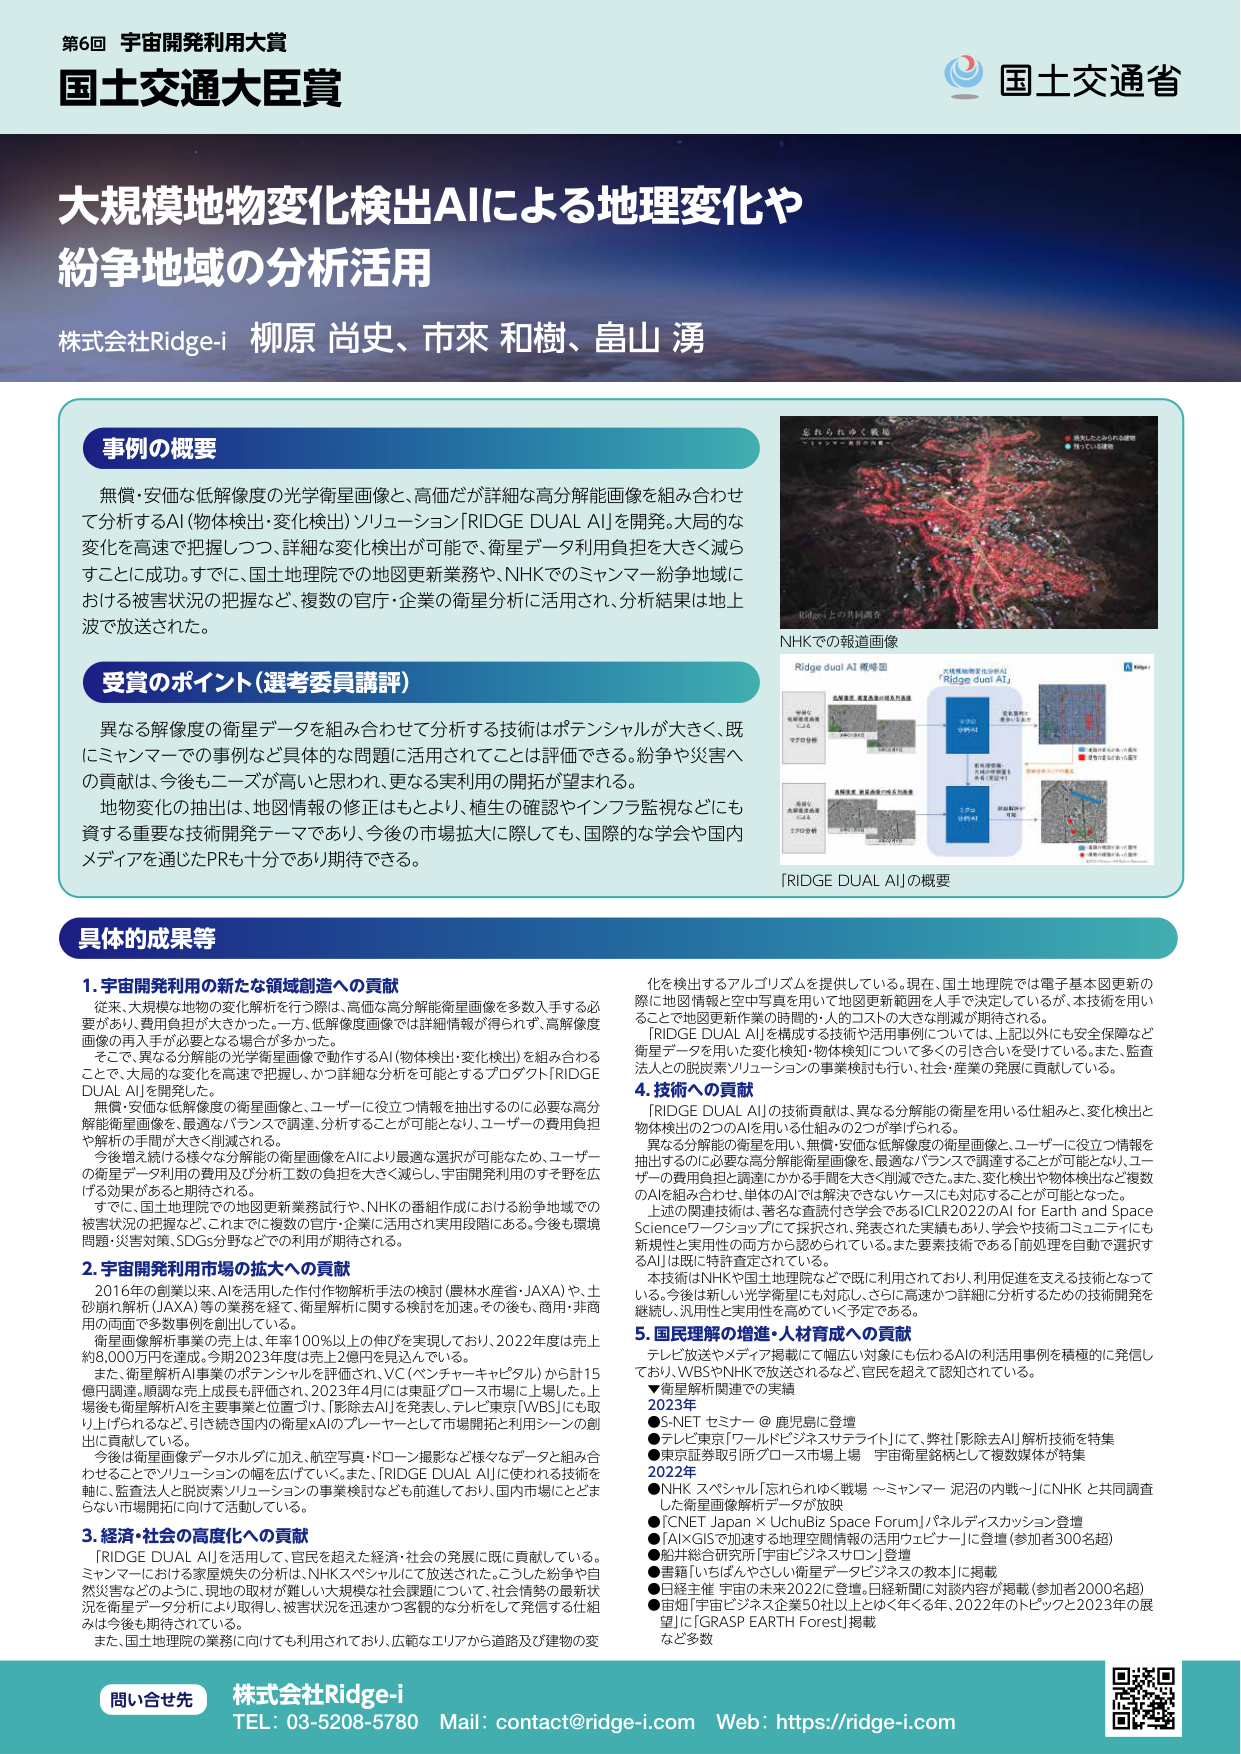
第6回 宇宙開発利用大賞
国土交通大臣賞

大規模地物変化検出AIによる地理変化や
紛争地域の分析活用

株式会社Ridge-i 柳原 尚史、市來 和樹、畠山 潟

事例の概要
無償・安価な低解像度の光学衛星画像と、高価だが詳細な高分解能画像を組み合わせて分析するAI「物体検出・変化検出」ソリューション「RIDGE DUAL AI」を開発。大局的な変化を高速で把握しつつ、詳細な変化検出が可能で、衛星データ利用負担を大きく減らすことに成功。すでに、国土地理院での地図更新業務や、NHKでのミャンマー紛争地域における被害状況の把握など、複数の官庁・企業の衛星分析に活用され、分析結果は地上波で放送された。

受賞のポイント（選考委員講評）
異なる解像度の衛星データを組み合わせて分析する技術はポテンシャルが大きく、既にミャンマーでの事例など具体的な問題に活用されてことは評価できる。紛争や災害への貢献は、今後もニーズが高いと思われ、更なる実利用の開拓が望まれる。
地物変化の抽出は、地図情報の修正はもとより、植生の確認やインフラ監視などにも資する重要な技術開発テーマであり、今後の市場拡大に際しても、国際的な学会や国内メディアを通じたPRも十分であり期待できる。

NHKでの報道画像
Ridge dual AI 概略図
「RIDGE DUAL AI」の概要

具体的成果等

1. 宇宙開発利用の新たな領域創造への貢献
従来、大規模な地物の変化解析を行う際は、高価な高分解能衛星画像を多数入手する必要があり、費用負担が大きかった。一方、低解像度画像では詳細情報が得られず、高解像度画像の再入手が必要となる場合が多かった。
そこで、異なる分解能の光学衛星画像で動作するAI（物体検出・変化検出）を組み合わせることで、大局的な変化を高速で把握し、かつ詳細な分析も可能とするプロダクト「RIDGE DUAL AI」を開発した。
無償・安価な低解像度の衛星画像と、ユーザーに役立つ情報を抽出するのに必要な高分解能衛星画像を、最適なバランスで調達・分析することが可能となり、ユーザーの費用負担や解析の手間が大きく削減される。
今後増え続ける様々な分解能の衛星画像をAIにより最適な選択が可能なか、ユーザーの衛星データ利用の費用及び分析工数の負担を大きく減らし、宇宙開発利用のすそ野を広げる効果があると期待される。
すでに、国土地理院での地図更新業務試行や、NHKの番組作成における紛争地域での被害状況の把握など、これまでに複数の官庁・企業に活用され実用段階にある。今後も環境問題・災害対策、SDGs分野などでの利用が期待される。

2. 宇宙開発利用市場の拡大への貢献
2016年の創業以来、AIを活用した作付作物解析手法の検討（農林水産省・JAXA）や、土砂崩れ解析（JAXA）等の業務を経て、衛星解析に関する検討を加速。その後も、商用・非商用の両面で多数事例を創出している。
衛星画像解析事業の売上は、年率100%以上の伸びを実現しており、2022年度は売上約8,000万円を達成。今期2023年度は売上2億円を見込んでいる。
また、衛星解析AI事業のポテンシャルを評価され、VC（ベンチャーキャピタル）から15億円調達。順調な売上成長も評価され、2023年4月には東証グロース市場に上場した。上場後も衛星解析AIを主要事業と位置づけ、「影除去AI」を発表し、テレビ東京［WBS］にも取り上げられるなど、引き続き国内の衛星xAIのプレーヤーとして市場開拓と利用シーンの創出に貢献している。
今後は衛星画像データホルダに加え、航空写真・ドローン撮影など様々なデータと組み合わせることでソリューションの幅を広げていく。また、「RIDGE DUAL AI」に使われる技術を軸に、監査法人と脱炭素ソリューションの事業検討なども前進しており、国内市場にとどまらず市場開拓に向けて活動している。

3. 経済・社会の高度化への貢献
「RIDGE DUAL AI」を活用して、官民を超えた経済・社会の発展に既に貢献している。ミャンマーにおける家屋焼失の分析は、NHKスペシャルにて放送された。こうした紛争や自然災害などのように、現地の取材が難しい大規模な社会課題について、社会情勢の最新状況を衛星データ分析により取得し、被害状況を迅速かつ客観的な分析をして発信する仕組みは今後も期待されている。
また、国土地理院の業務に向けても利用されており、広範なエリアから道路及び建物の変化を検出するアルゴリズムを提供している。現在、国土地理院では電子基本図更新の際に地図情報と空中写真を用いて地図更新範囲を人手で決定しているが、本技術を用いることで地図更新作業の時間的・人的コストの大きな削減が期待される。
「RIDGE DUAL AI」を構成する技術や活用事例については、上記以外にも安全保障など衛星データを用いた変化検知・物体検知について多くの引き合いを受けている。また、監査法人との脱炭素ソリューションの事業検討も行い、社会・産業の発展に貢献している。

4. 技術への貢献
「RIDGE DUAL AI」の技術貢献は、異なる分解能の衛星を用いる仕組みと、変化検出と物体検出の2つのAIを用いる仕組みの2つが挙げられる。
異なる分解能の衛星を用い、無償・安価な低解像度の衛星画像と、ユーザーに役立つ情報を抽出するのに必要な高分解能衛星画像を、最適なバランスで調達することが可能となり、ユーザーの費用負担と調達にかかる手間を大きく削減できた。また、変化検出や物体検出など複数のAIを組み合わせ、単体のAIでは解決できないケースにも対応することが可能となった。
上述の関連技術は、著名な査読付き学会であるCLR2022のAI for Earth and Space Scienceワークショップにて採択され、発表された実績もあり、学会や技術コミュニティにも新規性と実用性の両方から認められている。また要素技術である「前処理を自動で選択するAI」は既に特許査定されている。
本技術はNHKや国土地理院などで既に利用されており、利用促進を支える技術となって いる。今後は新しい光学衛星にも対応し、さらに高速かつ詳細に分析するための技術開発を継続し、汎用性と実用性を高めていく予定である。

5. 国民理解の増進・人材育成への貢献
テレビ放送やメディア掲載にて幅広い対象にも伝わるAIの利用事例を積極的に発信しており、WBSやNHKで放送されるなど、官民を超えて認知されている。
▼衛星解析関連での実績
2023年
●S-NET セミナー @ 鹿児島に登壇
●テレビ東京「ワールドビジネスサテライト」にて、弊社「影除去AI」解析技術を特集
●東京証券取引所「ロースト市場上場 宇宙衛星銘柄として複数媒体が特集
2022年
●NHK スペシャル「忘れられゆく戦場 ～ミャンマー 泥沼の内戦～」にNHK と共同調査した衛星画像解析データが放映
●「CNET Japan × UchuBiz Space Forum」パネルディスカッション登壇
●「AI×GISで加速する地理空間情報の活用ウェビナー」に登壇（参加者300名超）
●船井総合研究所「宇宙ビジネスサロン」登壇
●書籍「いちばんやさしい衛星データビジネスの教本」に掲載
●日経主催 宇宙の未来2022に登壇、日経新聞に対談内容が掲載（参加者2000名超）
●宙翔「宇宙ビジネス企業50社以上とゆっくりく年、2022年のトピックと2023年の展望」に「GRASP EARTH Forest」掲載
など多数

問い合わせ先
株式会社Ridge-i
TEL: 03-5208-5780 Mail: contact@ridge-i.com Web: https://ridge-i.com

国土交通省